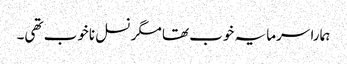
ہمارا سرمایہ خوب تھا مگر نسل ناخوب تھی۔